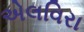
એલવિરા